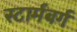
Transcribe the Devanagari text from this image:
स्टार्मबर्ग